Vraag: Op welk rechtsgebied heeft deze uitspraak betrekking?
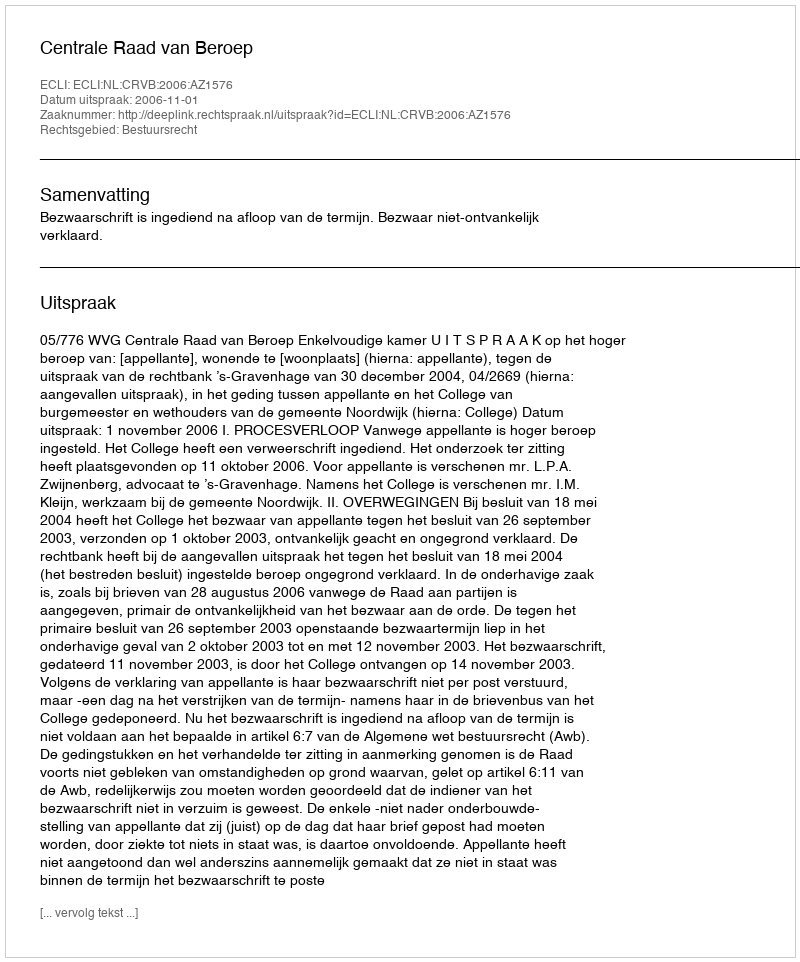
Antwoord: Bestuursrecht